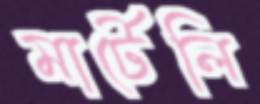
মার্টেলি